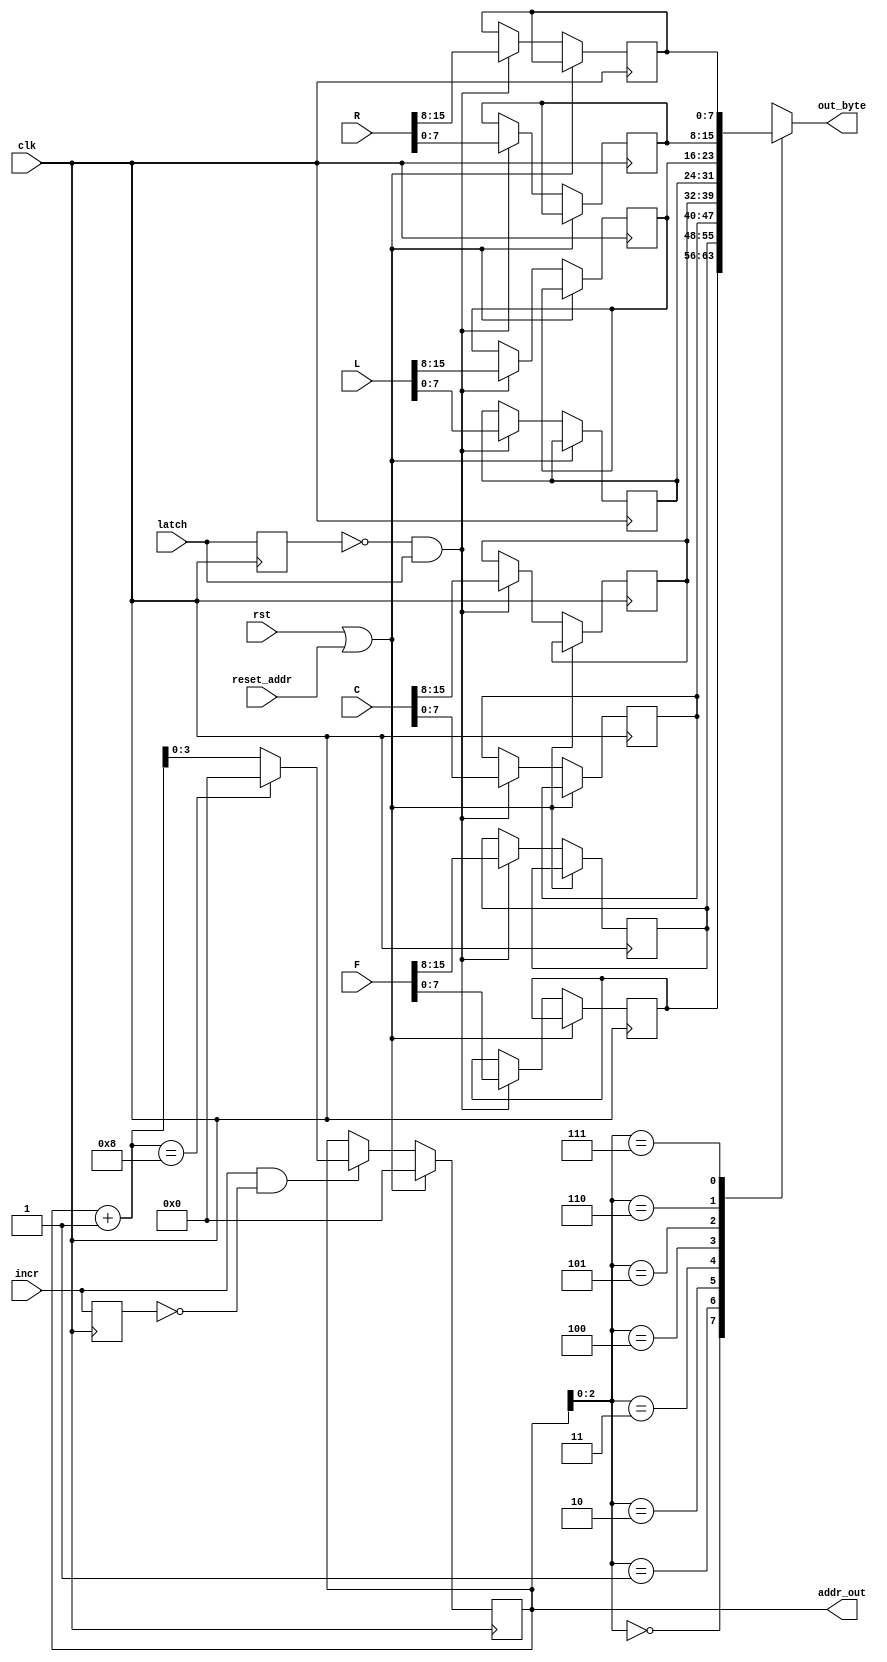
module spi_memory (
    input clk,  // clock
    input rst,  // reset
    input reset_addr,
    input incr,
    input [15 : 0] F,
    input [15 : 0] C,
    input [15 : 0] L,
    input [15 : 0] R,
    input latch,
    output [7:0] out_byte,
    output [3:0] addr_out
  );

  parameter LENGTH = 8;
  integer i;

  wire [7 : 0] bytes [7:0];
  reg [7 : 0] bytes_latched [7:0];

  reg [3:0] addr;
  reg latch_d;

  assign addr_out = addr;

  reg incr_d;

  assign bytes[1] = F[15:8];
  assign bytes[0] = F[7:0];
  assign bytes[3] = C[15:8];
  assign bytes[2] = C[7:0];
  assign bytes[5] = L[15:8];
  assign bytes[4] = L[7:0];
  assign bytes[7] = R[15:8];
  assign bytes[6] = R[7:0];

  always @(posedge clk) begin
    if (rst || reset_addr) begin
      addr <= 0;
      incr_d <= 0;
      latch_d <= 0;
    end else begin
      if (incr && !incr_d) begin
        addr <= (((addr + 1) == LENGTH) ? (0) : (addr + 1));
      end

      if (!latch_d && latch) begin
        for (i = 0; i < 8; i = i + 1) begin
          bytes_latched[i] <= bytes[i];
        end
      end
    end

    incr_d <= incr;
    latch_d <= latch;
  end

  assign out_byte = bytes_latched[addr];

endmodule